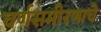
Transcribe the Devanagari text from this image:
वर्णसमीरणाचे